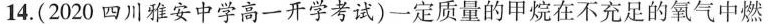
14.(2020四川雅安中学高一开学考试)一定质量的甲烷在不充足的氧气中燃